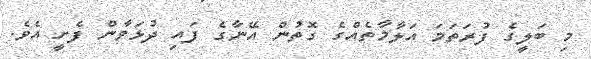
މި ބަލީގެ ފުރަތަމަ އަލާމާތެއްގެ ގޮތުން އޭނާގެ ފައި ދުޅަވާން ފެށީ އެވެ.